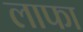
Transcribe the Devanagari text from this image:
लाफा